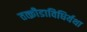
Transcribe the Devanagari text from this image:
तत्क्रीडाविधिर्यथा